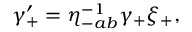
\gamma _ { + } ^ { \prime } = \eta _ { - a b } ^ { - 1 } \gamma _ { + } \xi _ { + } ,